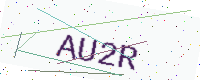
Text: AU2R